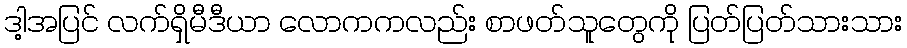
ဒါ့အပြင် လက်ရှိမီဒီယာ လောကကလည်း စာဖတ်သူတွေကို ပြတ်ပြတ်သားသား